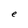
Character: e